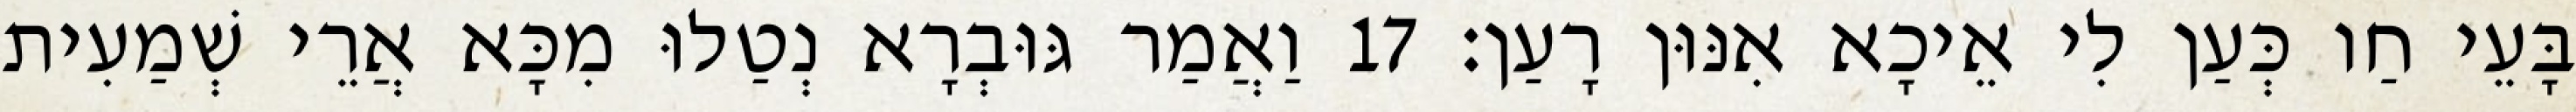
בָּעֵי חַו כְּעַן לִי אֵיכָא אִנּוּן רָעַן׃ 17 וַאֲמַר גּוּבְרָא נְטַלוּ מִכָּא אֲרֵי שְׁמַעִית